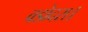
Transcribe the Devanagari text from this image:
वडोदरा।